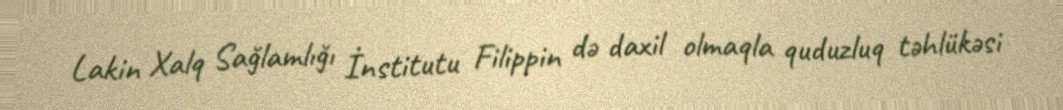
Lakin Xalq Sağlamlığı İnstitutu Filippin də daxil olmaqla quduzluq təhlükəsi